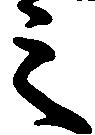
之